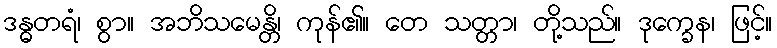
ဒန္ဓတရံ၊ စွာ။ အဘိသမေန္တိ၊ ကုန်၏။ တေ သတ္တာ၊ တို့သည်။ ဒုက္ခေန၊ ဖြင့်။